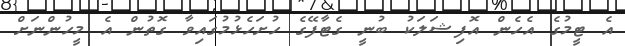
އެ ޓީމުގެ އެހެން އޮފިޝަލަކު ބުނީ ގެޓާފޭގެ ހުށަހެޅުމުގައިވާ ގޮތުން އެ މީހުންނަށް